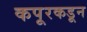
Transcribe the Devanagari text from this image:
कपूरकडून